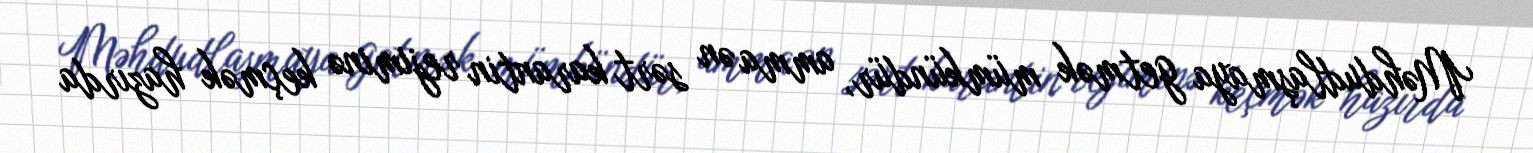
Məhdudlaşmaya getmək mümkündür, amma ən sərt karantin rejiminə keçmək hazırda